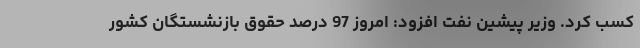
کسب کرد. وزیر پیشین نفت افزود: امروز 97 درصد حقوق بازنشستگان کشور